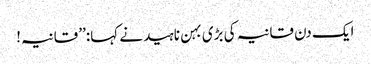
ایک دن قانیہ کی بڑی بہن ناہید نے کہا:’’ قانیہ!